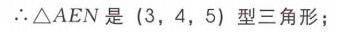
\(\therefore \triangle AEN\)是\((3,4,5)\)型三角形；